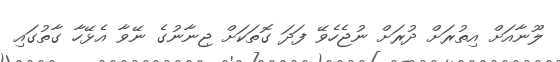
ލޫނާއަށް އިތުރަށް ދުރަށް ނުޖެހެވޭ ފަދަ ގޮތަކަށް ޖިނާނުގެ ނޭވާ އެޅޭހާ ގާތުގައި